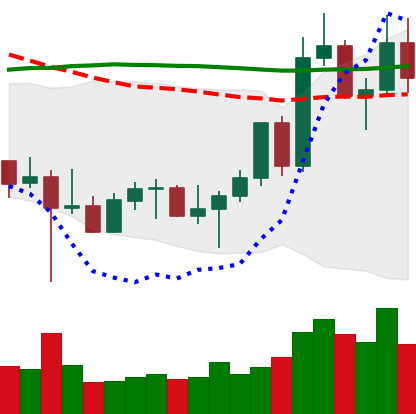
Ticker: LTC-USD
Chart end date: 2022-10-30
Forward return: 22.038%
Label: up_7plus